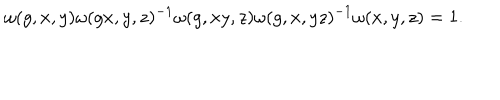
LaTeX: \omega ( g , x , y ) \omega ( g x , y , z ) ^ { - 1 } \omega ( g , x y , z ) \omega ( g , x , y z ) ^ { - 1 } \omega ( x , y , z ) = 1 .